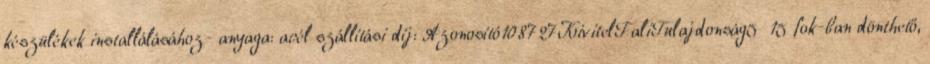
készülékek installálásához- anyaga: acél szállítási díj: Azonosító108727KivitelFaliTulajdonság5 15 fok-ban dönthető,